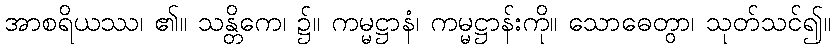
အာစရိယဿ၊ ၏။ သန္တိကေ၊ ၌။ ကမ္မဋ္ဌာနံ၊ ကမ္မဋ္ဌာန်းကို။ သောဓေတွာ၊ သုတ်သင်၍။